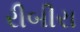
રીબીરા